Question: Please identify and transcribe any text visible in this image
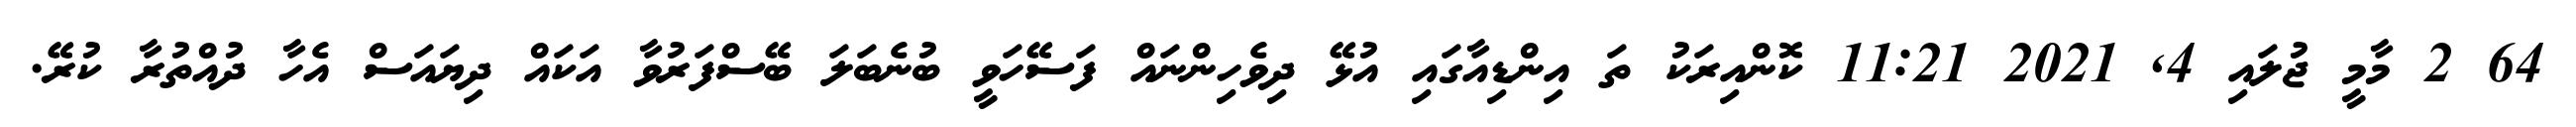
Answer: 64 2 މާމީ ޖުލައި 4, 2021 11:21 ކޮންއިރަކު ތަ އިންޑިއާގައި އުޅޭ ދިވެހިންނައް ފަސޭހަވީ ބުނެބަލަ ބޭސްފަރުވާ އަކައް ދިޔައަސް އެހާ ދުއްތުރާ ކުރޭ.